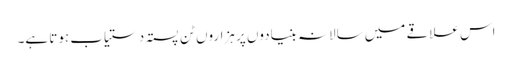
اس علاقے میں سالانہ بنیادوں پر ہزاروں ٹن پستہ دستیاب ہوتا ہے۔